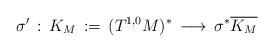
LaTeX: \begin{align*}\sigma'\, :\, K_M\, :=\, (T^{1,0}M)^* \,\longrightarrow\, \sigma^*\overline{K_M}\end{align*}